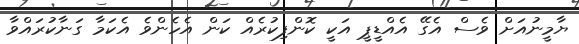
ޔާމީނުއަށް ވެސް އެގޭ އެއްޑީޕީ އަކީ ކޮންފިކުރެއް ކަން އެހެންވެ އެކަމާ ގަނާކުރައްވާ